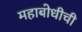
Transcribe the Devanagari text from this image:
महाबोधीची